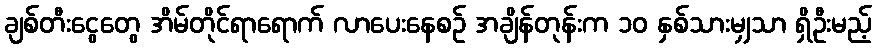
ချစ်တီးငွေတွေ အိမ်တိုင်ရာရောက် လာပေးနေစဉ် အချိန်တုန်းက ၁၀ နှစ်သားမျှသာ ရှိဦးမည့်